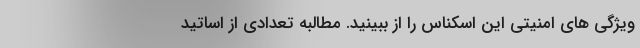
ویژگی های امنیتی این اسکناس را از ببینید. مطالبه‌ تعدادی از اساتید